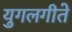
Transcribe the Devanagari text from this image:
युगलगीते